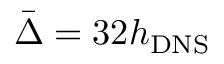
\bar { \Delta } = 3 2 h _ { \mathrm { { D N S } } }